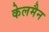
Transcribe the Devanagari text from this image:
केलमैन